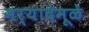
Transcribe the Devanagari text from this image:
मर्यादेमूळे